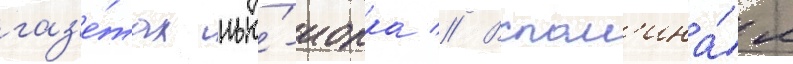
газ'е́тах нью́-иорка // Вспом'ина́я